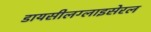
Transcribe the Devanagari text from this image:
डायसीलग्लाइसेरल